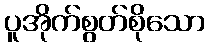
ပူအိုက်စွတ်စိုသော